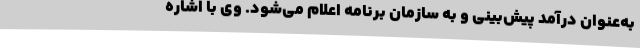
به‌عنوان درآمد پیش‌بینی و به سازمان برنامه اعلام می‌شود. وی با اشاره